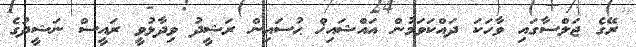
ރޭގެ ޖަލްސާގައި ވާހަކަ ދައްކަވަމުން އައްޝައިޚް ޙުސައިން ރަޝީދު ވިދާޅުވީ ރައީސް ނަޝީދުގެ